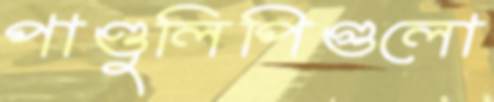
পাণ্ডুলিপিগুলো